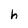
Character: h